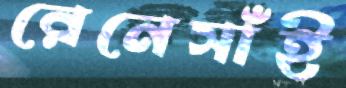
রেনেসাঁই